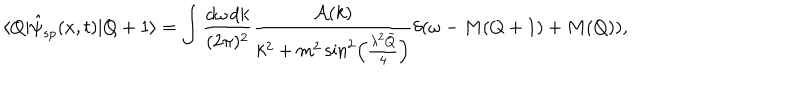
\langle Q | \hat { \psi } _ { s p } ( x , t ) | Q + 1 \rangle = \int \frac { d \omega \, d k } { ( 2 \pi ) ^ { 2 } } \frac { { \cal A } ( k ) } { k ^ { 2 } + m ^ { 2 } \sin ^ { 2 } \left( \frac { \lambda ^ { 2 } \bar { Q } } { 4 } \right) } \delta ( \omega - M ( Q + 1 ) + M ( Q ) ) ,